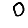
Digit: 0